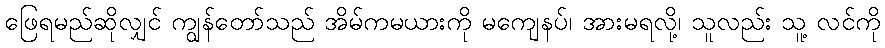
ဖြေရမည်ဆိုလျှင် ကျွန်တော်သည် အိမ်ကမယားကို မကျေနပ်၊ အားမရလို့၊ သူလည်း သူ့ လင်ကို